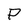
Character: P